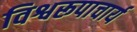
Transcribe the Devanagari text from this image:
विश्वरूपाचार्य